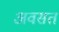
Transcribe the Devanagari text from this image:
अवसत